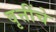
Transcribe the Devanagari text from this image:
वृत्तींचे